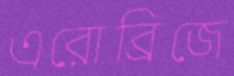
এরোব্রিজে